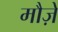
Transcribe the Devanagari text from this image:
मौज़े